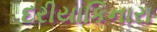
દરીયાકિનારા